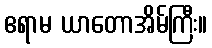
ဧရာမ ယာတောအိမ်ကြီး။